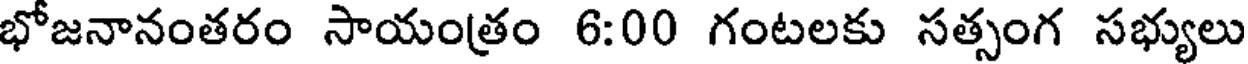
భోజనానంతరం సాయంత్రం 6:00 గంటలకు సత్సంగ సభ్యులు